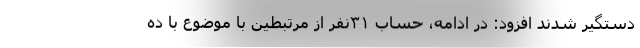
دستگیر شدند افزود: در ادامه، حساب ۳۱نفر از مرتبطین با موضوع با ده